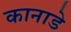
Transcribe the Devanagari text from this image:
कानाडे